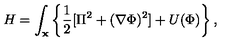
H = \int _ { \bf x } \left\{ \frac { 1 } { 2 } [ \Pi ^ { 2 } + ( { \bf \nabla } \Phi ) ^ { 2 } ] + U ( \Phi ) \right\} ,